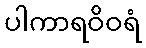
ပါကာရဝိဝရံ